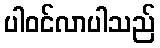
ပါဝင်လာပါသည်